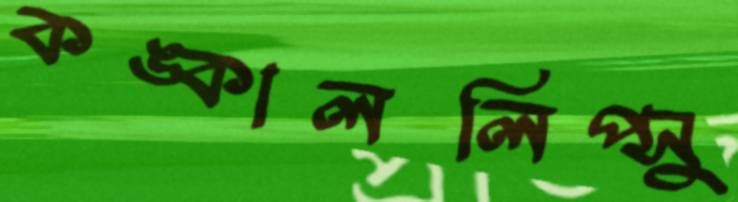
কঙ্কাললিপ্সু